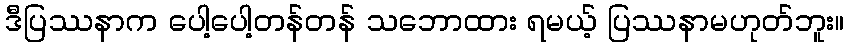
ဒီပြဿနာက ပေါ့ပေါ့တန်တန် သဘောထား ရမယ့် ပြဿနာမဟုတ်ဘူး။